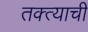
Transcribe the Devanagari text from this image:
तक्त्याची